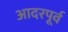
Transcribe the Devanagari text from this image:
आदरपूर्व